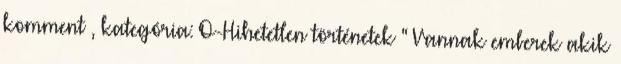
komment , kategória: O-Hihetetlen történetek " Vannak emberek akik